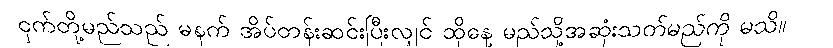
ငှက်တို့မည်သည် မနက် အိပ်တန်းဆင်းပြီးလျှင် ထိုနေ့ မည်သို့အဆုံးသတ်မည်ကို မသိ။